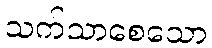
သက်သာစေသော